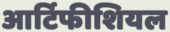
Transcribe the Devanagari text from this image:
आर्टिफीशियल